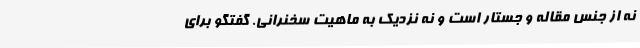
نه از جنس مقاله‌ و جستار است و نه نزدیک به ماهیت سخنرانی. گفتگو برای